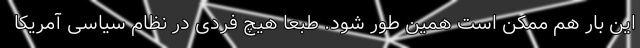
این بار هم ممکن است همین طور شود. طبعاً هیچ فردی در نظام سیاسی آمریکا